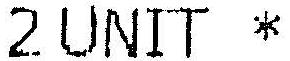
2 UNIT *